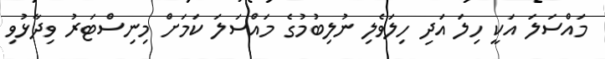
މައްސަލަ އަކީ ހިލަ އަދި ހިލަވެލި ނުލިބުމުގެ މައްސަލަ ކަމަށް މިނިސްޓަރު ވިދާޅުވި